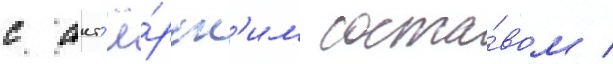
с акт'ё́рск'им соста́вом /